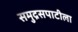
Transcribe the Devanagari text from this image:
समुद्रसपाटीला